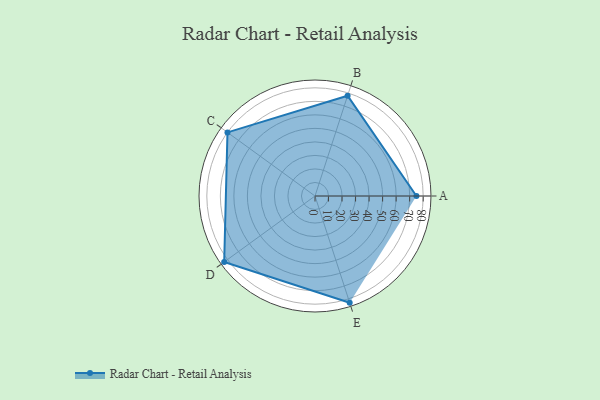
{"axis": {"x": "Skill", "y": "Score"}, "legend": ["Profile"], "data": [{"x": "A", "y": 75.0, "type": "Profile"}, {"x": "B", "y": 78.0, "type": "Profile"}, {"x": "C", "y": 80.0, "type": "Profile"}, {"x": "D", "y": 83.0, "type": "Profile"}, {"x": "E", "y": 83.0, "type": "Profile"}]}